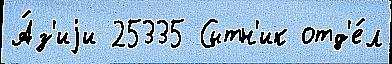
А́з'иjи 25335 Сытн'ик отд'е́л